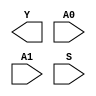
module sky130_fd_sc_hdll__udp_mux_2to1_N (
    Y ,
    A0,
    A1,
    S
);

    output Y ;
    input  A0;
    input  A1;
    input  S ;
endmodule